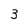
Character: 3